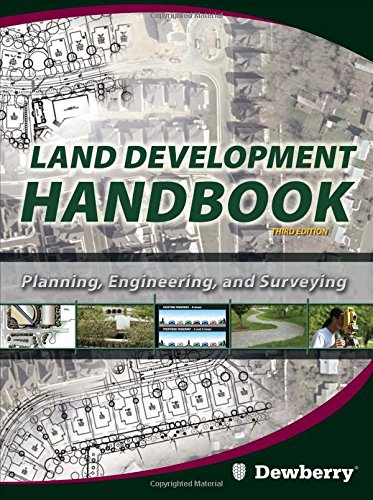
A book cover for Land Development Handbook; Dewberry & Davis; Arts & Photography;